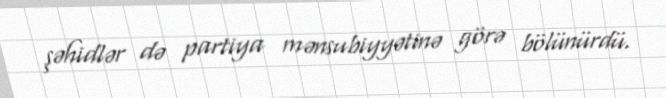
şəhidlər də partiya mənsubiyyətinə görə bölünürdü.